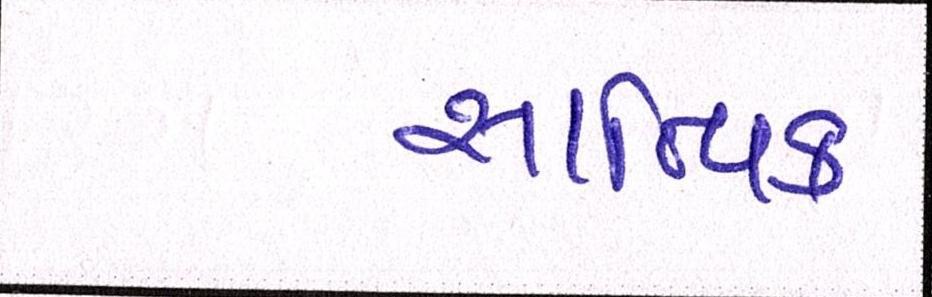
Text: સાત્ત્વિક